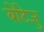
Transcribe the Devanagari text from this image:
बोटेजु